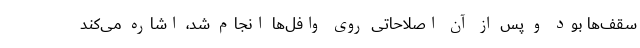
سقف‌ها بود و پس از آن اصلاحاتی روی وافل‌ها انجام شد، اشاره می‌کند